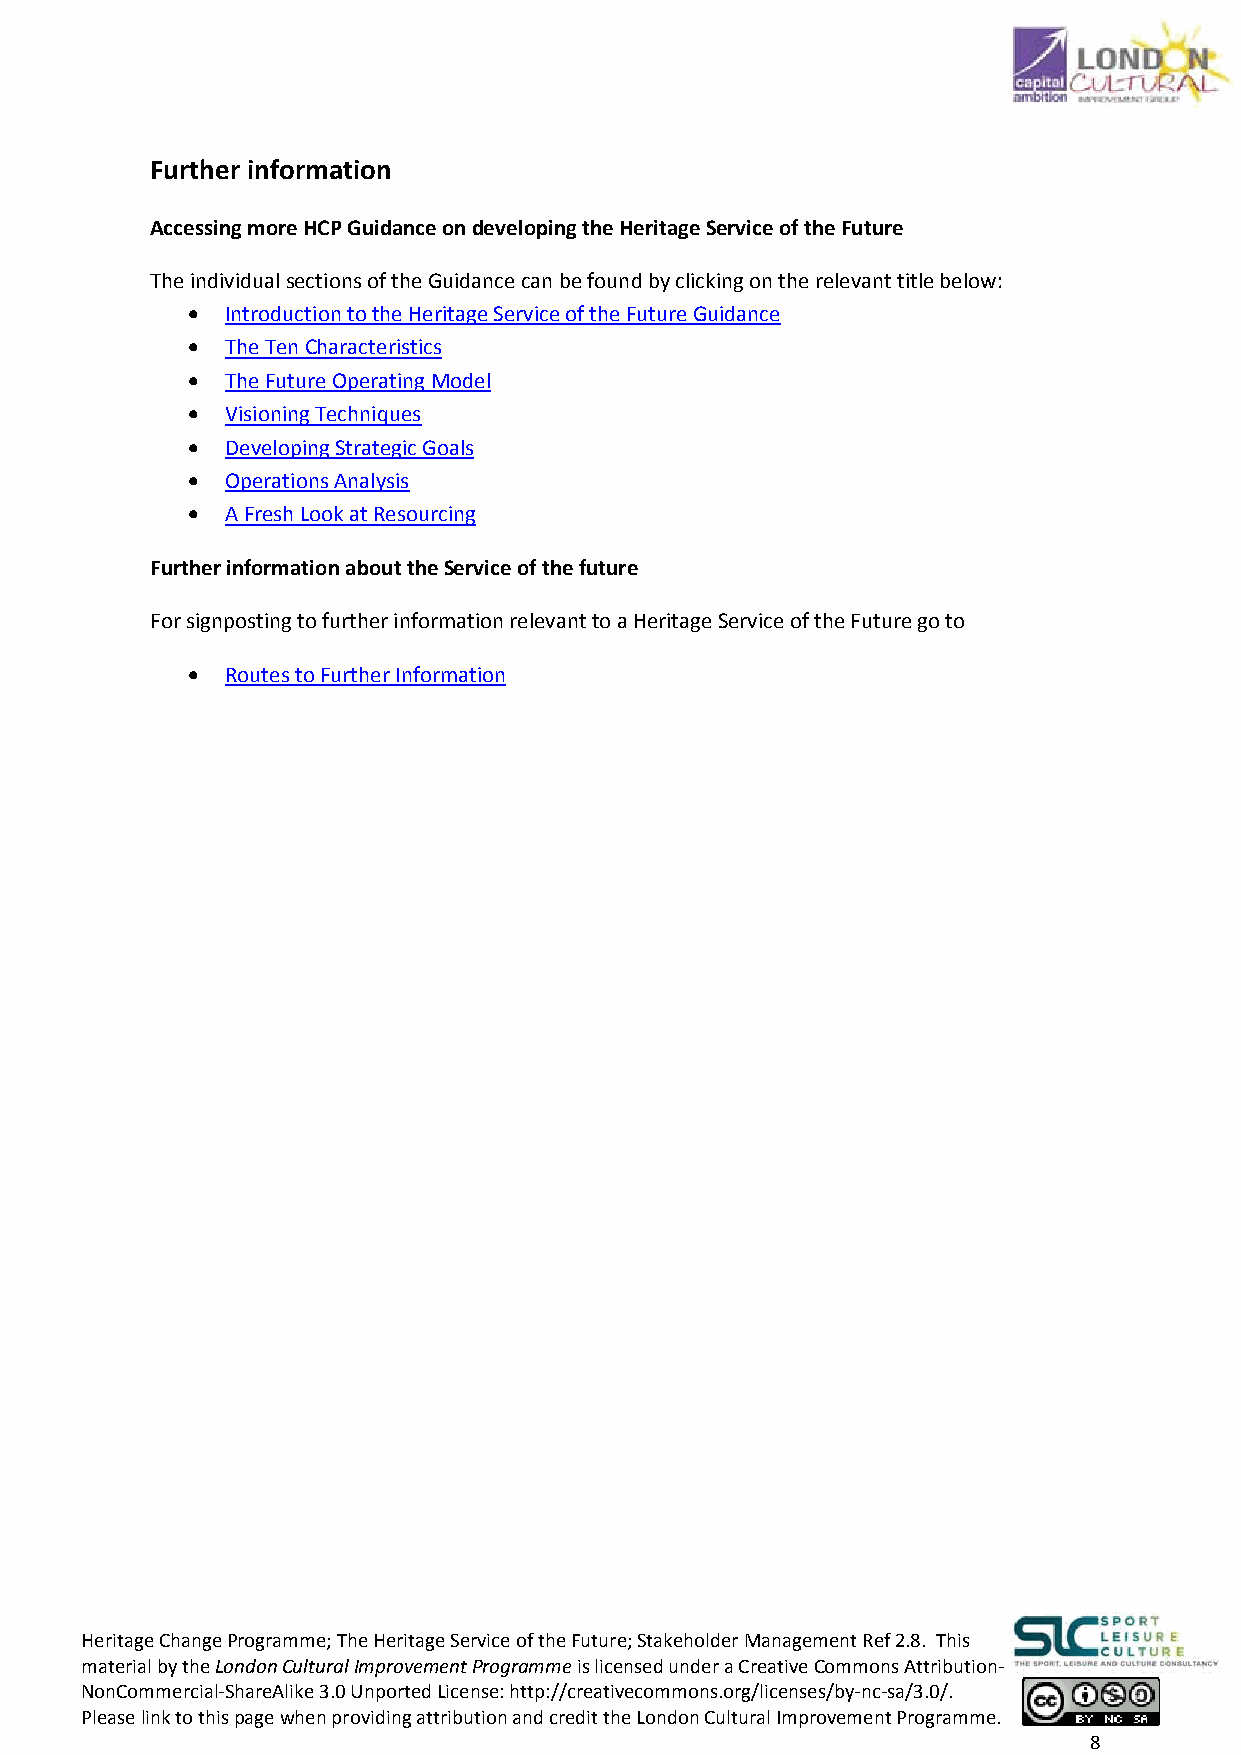
Further information
 Accessing more HCP Guidance on developing the Heritage Service of the Future
 The individual sections of the Guidance can be found by clicking on the relevant title below:
 •  Introduction to the Heritage Service of the Future Guidance
 •  The Ten Characteristics
 •  The Future Operating Model
 •  Visioning Techniques
 •  Developing Strategic Goals
 •  Operations Analysis
 •  A Fresh Look at Resourcing
 Further information about the Service of the future
 For signposting to further information relevant to a Heritage Service of the Future go to
 •  Routes to Further Information
 Heritage Change Programme; The Heritage Service of the Future; Stakeholder Management Ref 2.8. This
 material by the London Cultural Improvement Programme is licensed under a Creative Commons Attribution‐
 NonCommercial‐ShareAlike 3.0 Unported License: http://creativecommons.org/licenses/by‐nc‐sa/3.0/.
 Please link to this page when providing attribution and credit the London Cultural Improvement Programme.
 8